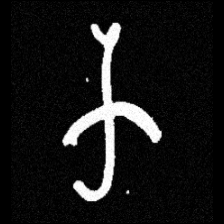
Pyu character \u2014 Myanmar letter: က (romanized: ka)